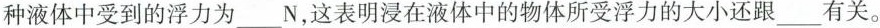
种液体中受到的浮力为___N，这表明浸在液体中的物体所受浮力的大小还跟___有关。